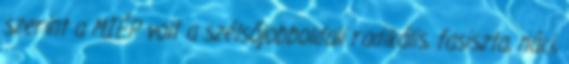
szerint a MIÉP volt a szélsőjobboldali radikális, fasiszta, náci,